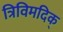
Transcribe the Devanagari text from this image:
त्रिविमदिक्